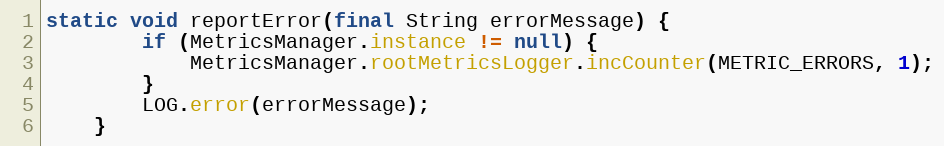
Language: Java
static void reportError(final String errorMessage) {
        if (MetricsManager.instance != null) {
            MetricsManager.rootMetricsLogger.incCounter(METRIC_ERRORS, 1);
        }
        LOG.error(errorMessage);
    }